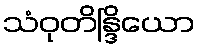
သံဝုတိန္ဒြိယော